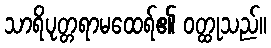
သာရိပုတ္တရာမထေရ်၏ ဝတ္ထုသည်။